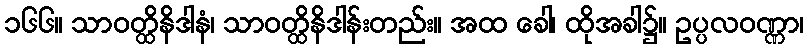
၁၆၆။ သာဝတ္ထိနိဒါနံ၊ သာဝတ္ထိနိဒါန်းတည်း။ အထ ခေါ၊ ထိုအခါ၌။ ဥပ္ပလဝဏ္ဏာ၊